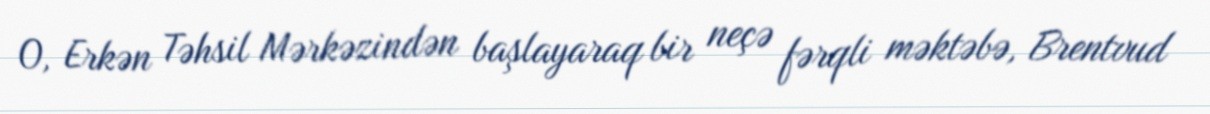
O, Erkən Təhsil Mərkəzindən başlayaraq bir neçə fərqli məktəbə, Brentvud